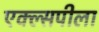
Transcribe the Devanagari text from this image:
एक्ल्सपीला